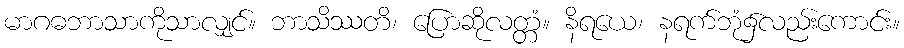
မာဂဓဘာသာကိုသာလျှင်။ ဘာသိဿတိ၊ ပြောဆိုလတ္တံ။ နိရယေ၊ နရက်ဘုံ၌လည်းကောင်း။